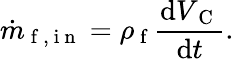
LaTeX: \dot{m}_{\mathrm{~f~,~i~n~}}=\rho_{\mathrm{~f~}}\frac{\mathrm{d}V_{\mathrm{~C~}}}{\mathrm{d}t}.